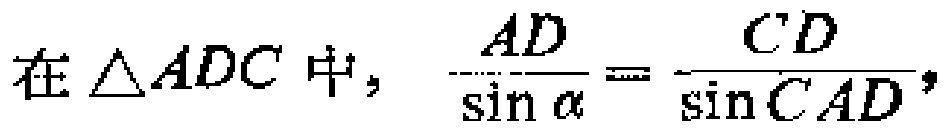
在\(\triangle ADC\)中，\(\frac{AD}{\sin \alpha}=\frac{CD}{\sin CAD}\)